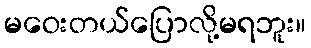
မဝေးတယ်ပြောလို့မရဘူး။